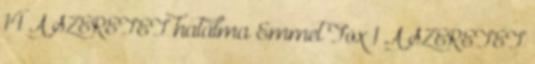
14 A SZERETET hatalma Emmet Fox 1 A SZERETET